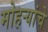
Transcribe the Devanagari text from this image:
मोहऱ्यांचे